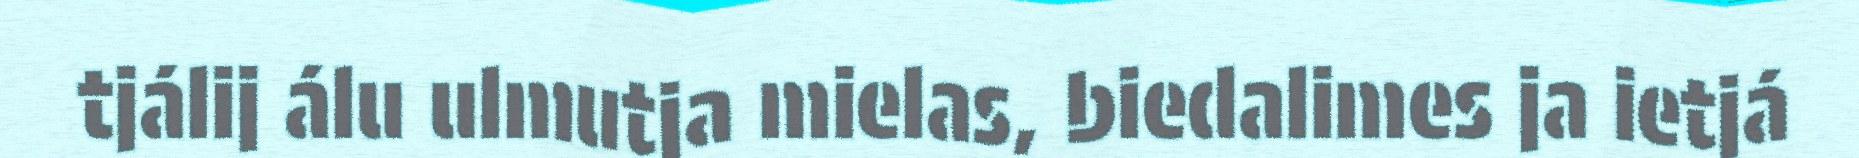
tjálij álu ulmutja mielas, biedalimes ja ietjá